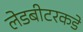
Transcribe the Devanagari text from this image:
लेडबीटरकडे